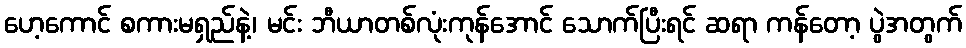
ဟေ့ကောင် စကားမရှည်နဲ့၊ မင်း ဘီယာတစ်လုံးကုန်အောင် သောက်ပြီးရင် ဆရာ ကန်တော့ ပွဲအတွက်